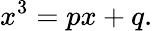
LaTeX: x^{3}=px+q.